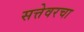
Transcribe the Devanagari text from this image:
सत्तेवरचा